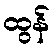
ထွန်